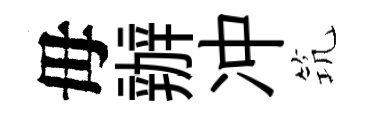
毋辦冲𥬑